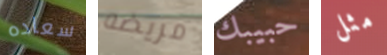
سعاده مريضه حبيبك مثل